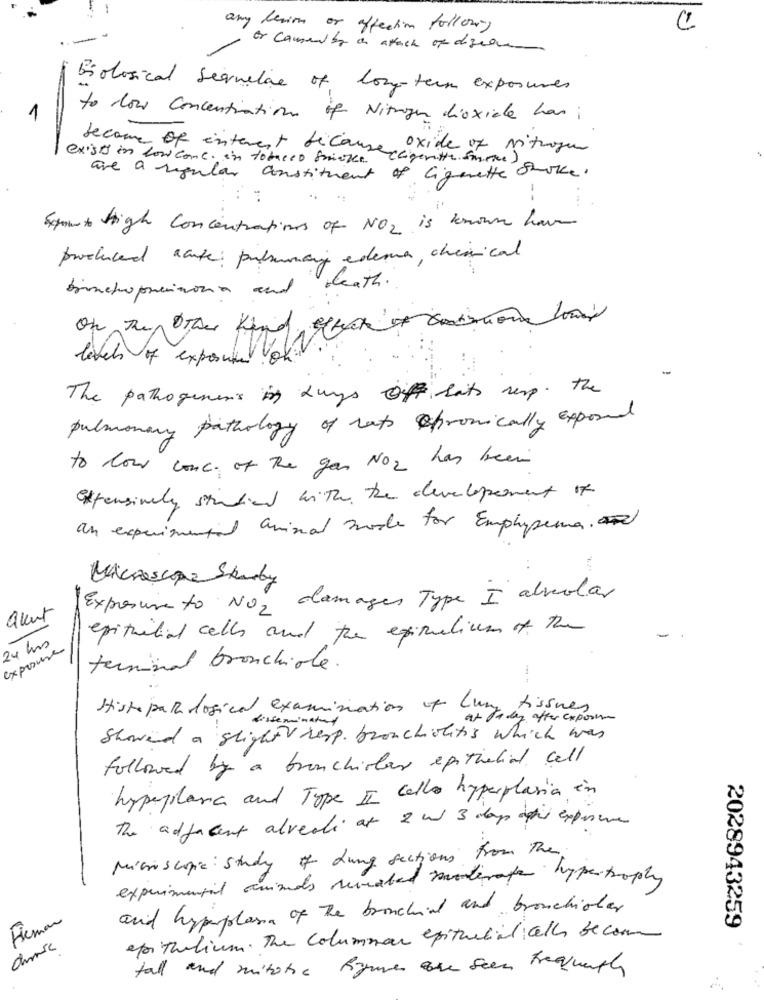
any lesion or affection follow
C
or coments on attach of disease
biological Sequelae of long-term exposures
1
to dow concentration of Nitrogen dioxide has ;
e oxide of Nitrogen
exists in low come. in tobacco frieren
become of interest becausesciante smoke .
Cigarette Smoke.
are a regular
constituent of Ca
--
Smut High Concentrations of NO2 is known have
produced acute: pulsummary edema, chemical
bronchoprecious and death.
On the Other Kind.
levels of exposure ok
The pathogenens in days Of hats resp. the
pulmonary pathology of rats chronically exposed
to low conc. of The gas NO2 has been
Extensively studied with the development of
an experimental animal mode for Emphysema.
Microscope Skarby
damages Type I alveolar
avent
Expresumento NO2
epitailial cells and the equalium of the
24 hrs
exposure
terminal bronchiale .
Histo para losical examination of Luny tissues
at today after exposure
Showed a slightv resp. bronchiolitis which was
followed by a bronchiolor epithelial cell
hypoplasia and Type II cello hyperplasia in
The adjacent alvedli at 2 w 3 days after expensive
Microscopic: Study of Lung sections from the
experimental animals revealed moderate hypertrophy
and hypplana of the bronchind and bronchioter
Freman
2028943259
epithelium. The columnar epithelial cells become
tall and mitotic figures are seen Frequently